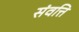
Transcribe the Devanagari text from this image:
संवत्ति